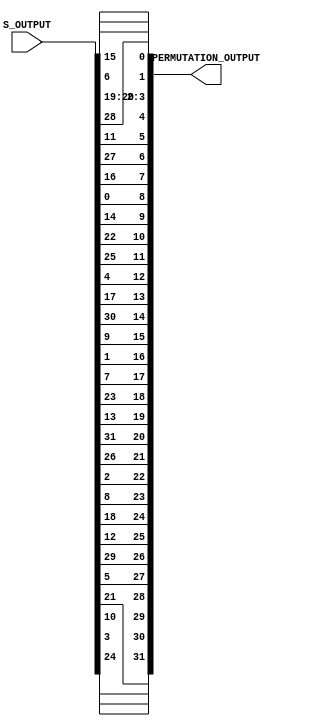
`timescale 1ns / 1ps
//////////////////////////////////////////////////////////////////////////////////
// Alveera Gill 
// Module:    Des_Top 
// Project:   Data Encryption Standard Implementation using Verilog
//////////////////////////////////////////////////////////////////////////////////
module Permutation(S_OUTPUT, PERMUTATION_OUTPUT);
input [32:1]S_OUTPUT;
output [32:1]PERMUTATION_OUTPUT;
wire [32:1]S_OUTPUT;
reg [32:1]PERMUTATION_OUTPUT;

always @(S_OUTPUT)
begin
PERMUTATION_OUTPUT[1]  <= S_OUTPUT[16];
PERMUTATION_OUTPUT[2]  <= S_OUTPUT[7];
PERMUTATION_OUTPUT[3]  <= S_OUTPUT[20];
PERMUTATION_OUTPUT[4]  <= S_OUTPUT[21];
PERMUTATION_OUTPUT[5]  <= S_OUTPUT[29];
PERMUTATION_OUTPUT[6]  <= S_OUTPUT[12];
PERMUTATION_OUTPUT[7]  <= S_OUTPUT[28];
PERMUTATION_OUTPUT[8]  <= S_OUTPUT[17];
PERMUTATION_OUTPUT[9]  <= S_OUTPUT[1];
PERMUTATION_OUTPUT[10] <= S_OUTPUT[15];
PERMUTATION_OUTPUT[11] <= S_OUTPUT[23];
PERMUTATION_OUTPUT[12] <= S_OUTPUT[26];
PERMUTATION_OUTPUT[13] <= S_OUTPUT[5];
PERMUTATION_OUTPUT[14] <= S_OUTPUT[18];
PERMUTATION_OUTPUT[15] <= S_OUTPUT[31];
PERMUTATION_OUTPUT[16] <= S_OUTPUT[10];
PERMUTATION_OUTPUT[17] <= S_OUTPUT[2];
PERMUTATION_OUTPUT[18] <= S_OUTPUT[8];
PERMUTATION_OUTPUT[19] <= S_OUTPUT[24];
PERMUTATION_OUTPUT[20] <= S_OUTPUT[14];
PERMUTATION_OUTPUT[21] <= S_OUTPUT[32];
PERMUTATION_OUTPUT[22] <= S_OUTPUT[27];
PERMUTATION_OUTPUT[23] <= S_OUTPUT[3];
PERMUTATION_OUTPUT[24] <= S_OUTPUT[9];
PERMUTATION_OUTPUT[25] <= S_OUTPUT[19];
PERMUTATION_OUTPUT[26] <= S_OUTPUT[13];
PERMUTATION_OUTPUT[27] <= S_OUTPUT[30];
PERMUTATION_OUTPUT[28] <= S_OUTPUT[6];
PERMUTATION_OUTPUT[29] <= S_OUTPUT[22];
PERMUTATION_OUTPUT[30] <= S_OUTPUT[11];
PERMUTATION_OUTPUT[31] <= S_OUTPUT[4];
PERMUTATION_OUTPUT[32] <= S_OUTPUT[25];
end
endmodule